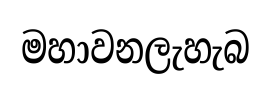
මහාවනලැහැබ